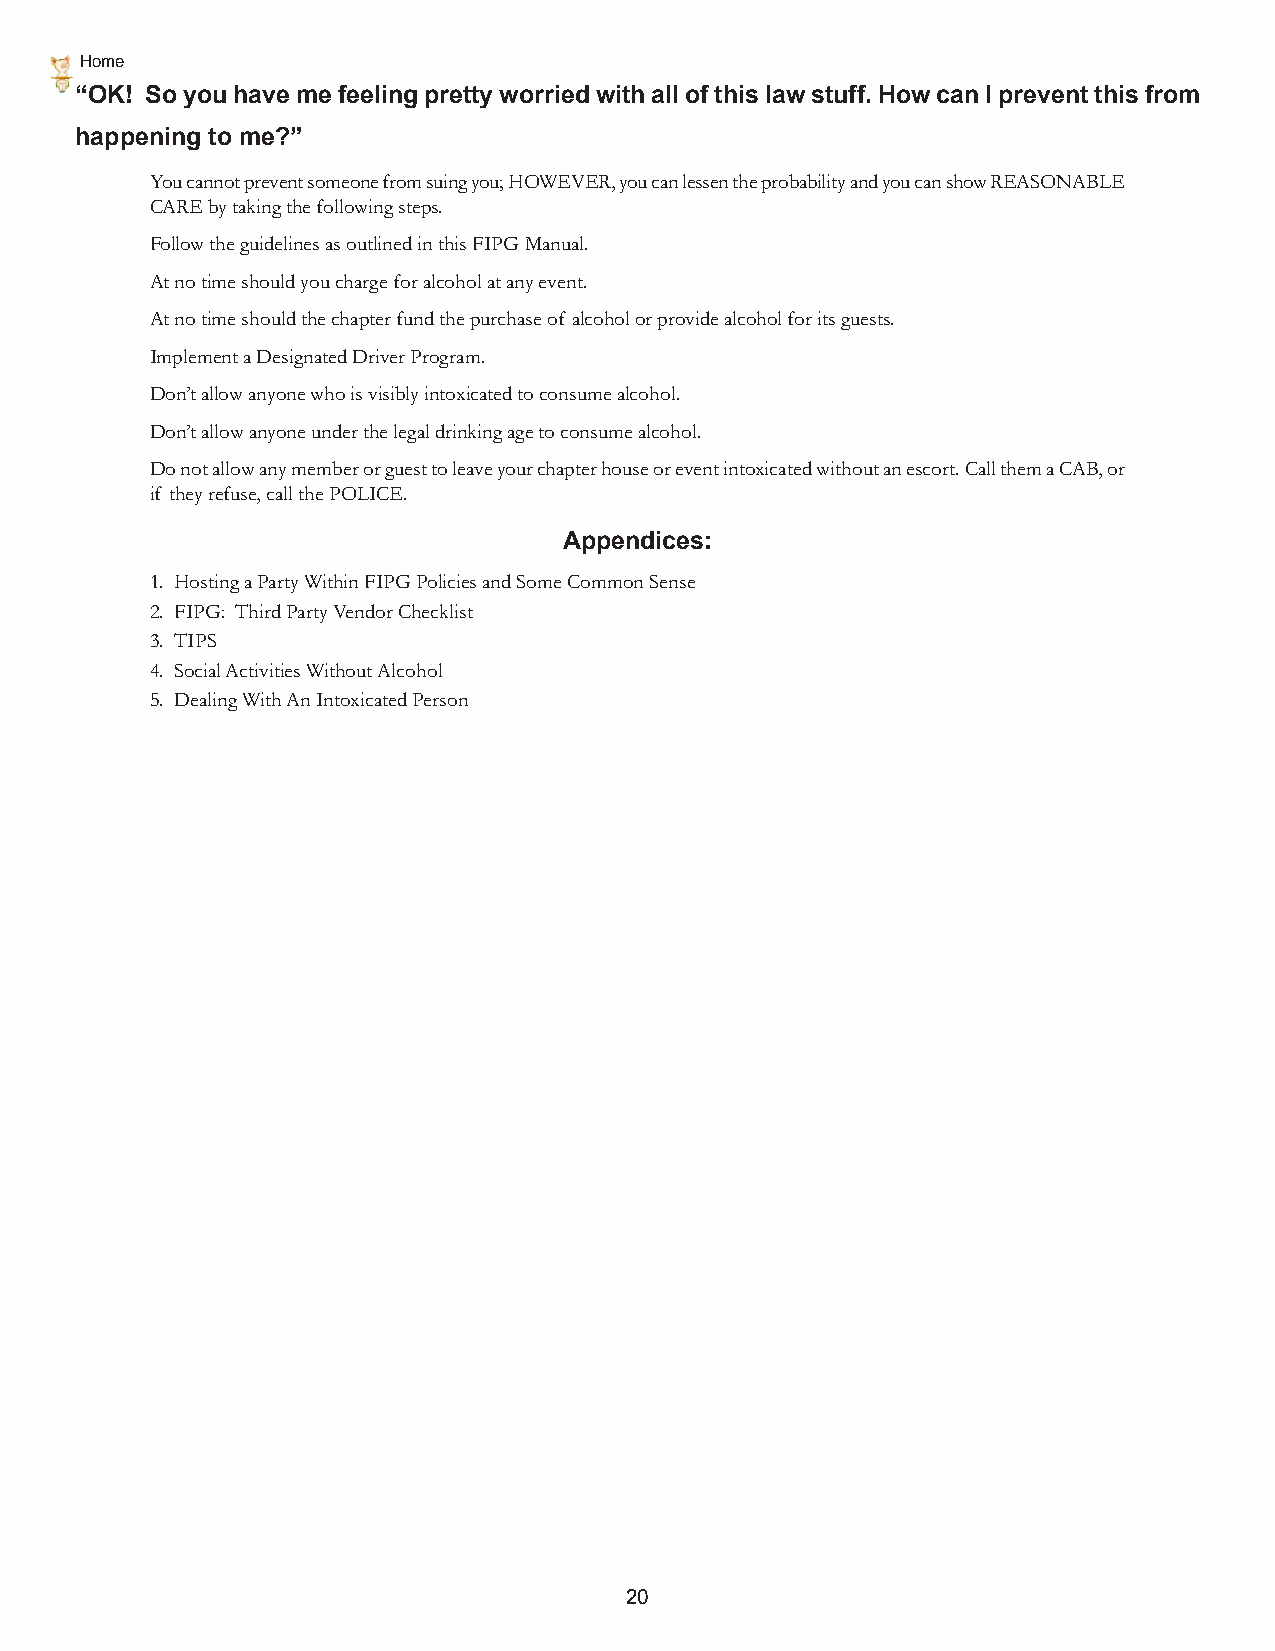
Home
 “OK! So you have me feeling pretty worried with all of this law stuff. How can I prevent this from
 happening to me?”
 You cannot prevent someone from suing you; HOWEVER, you can lessen the probability and you can show REASONABLE
 CARE by taking the following steps.
 Follow the guidelines as outlined in this FIPG Manual.
 At no time should you charge for alcohol at any event.
 At no time should the chapter fund the purchase of alcohol or provide alcohol for its guests.
 Implement a Designated Driver Program.
 Don’t allow anyone who is visibly intoxicated to consume alcohol.
 Don’t allow anyone under the legal drinking age to consume alcohol.
 Do not allow any member or guest to leave your chapter house or event intoxicated without an escort. Call them a CAB, or
 if they refuse, call the POLICE.
 Appendices:
 1. Hosting a Party Within FIPG Policies and Some Common Sense
 2. FIPG: Third Party Vendor Checklist
 3. TIPS
 4. Social Activities Without Alcohol
 5. Dealing With An Intoxicated Person
 20